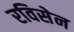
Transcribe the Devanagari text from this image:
रविसेन